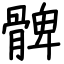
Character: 髀